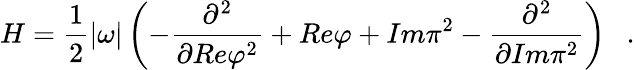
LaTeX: H=\frac{1}{2}|\omega|\left(-\frac{\partial^{2}}{\partial Re\varphi^{2}}+Re\varphi+Im\pi^{2}-\frac{\partial^{2}}{\partial Im\pi^{2}}\right)\ \ \ .